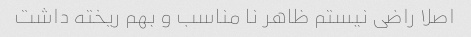
اصلا راضی نیستم ظاهر نا مناسب و بهم ریخته داشت